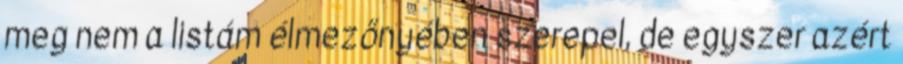
meg nem a listám élmezőnyében szerepel, de egyszer azért